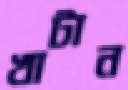
খাটান